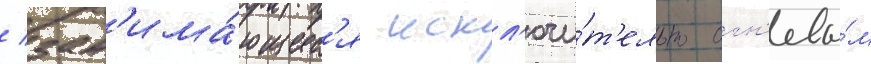
/ зан'има́ющиес'я искл'ючи́т'ельно огн'евы́м